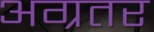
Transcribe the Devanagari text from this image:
अग्रतर